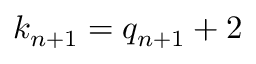
k _ { n + 1 } = q _ { n + 1 } + 2